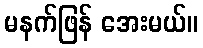
မနက်ဖြန် အေးမယ်။